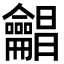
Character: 𪛋